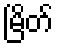
မြိတ်